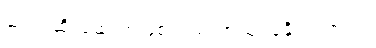
ဆံပင်ဆိုးဆေးအဖြစ်လည်းအသုံးပြုနိုင်ပါတယ်။